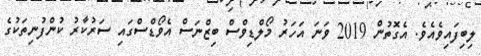
ލިބިފައިވެއެވެ. އެގޮތުން 2019 ވަނަ އަހަރު މޯލްޑިވްސް ބިޒްނަސް އެވޯޑްސްގައި ސަރުކާރު ކުންފުނިތަކުގެ